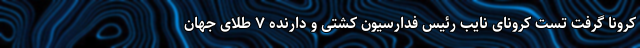
کرونا گرفت تست کرونای نایب رئیس فدارسیون کشتی و دارنده ۷ طلای جهان